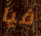
فيا